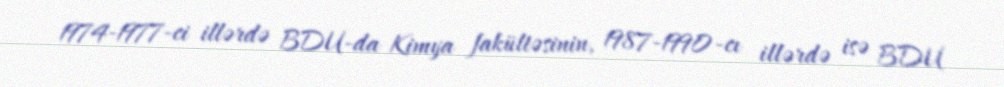
1974-1977-ci illərdə BDU-da Kimya fakültəsinin, 1987-1990-cı illərdə isə BDU